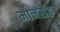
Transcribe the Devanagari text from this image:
मानसेंह